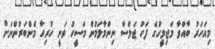
މިއަހަރު ބާއްވާ މަޖިލީހުގެ ފަހު ޖަލްސާ ނިންމާލަމުން މަސީހު ވަނީ ހުރިހާ މެންބަރުންނަށް